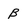
Character: B